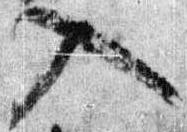
入